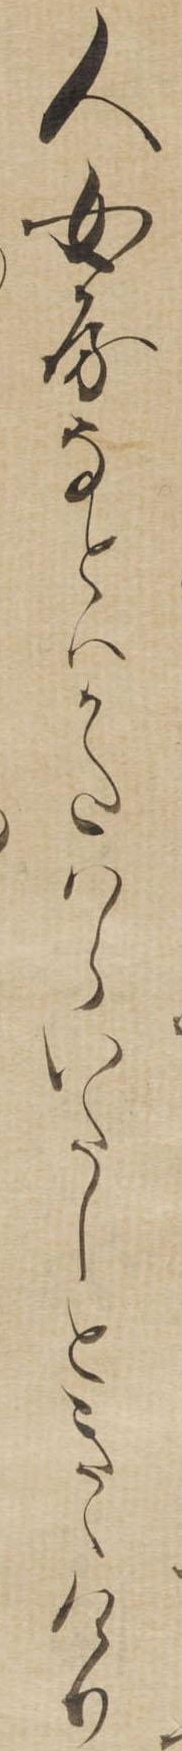
人女房なとはかたはらいたしときゝけり